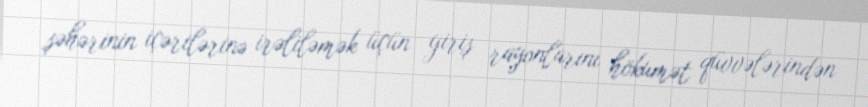
şəhərinin içərilərinə irəliləmək üçün giriş rayonlarını hökumət qüvvələrindən